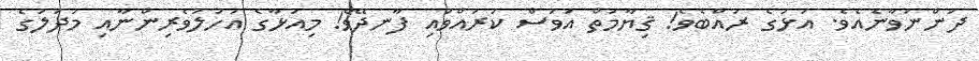
ދަންނަވާނެއެވެ. އަޅުގެ ރައްބެވެ! ޤިޔާމަތް އަވަސް ކުރައްވައި ފާނދޭވެ! މިއަޅާގެ އަހުލުވެރިންނާއި މުދަލުގެ